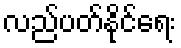
လည်ပတ်နိုင်ရေး